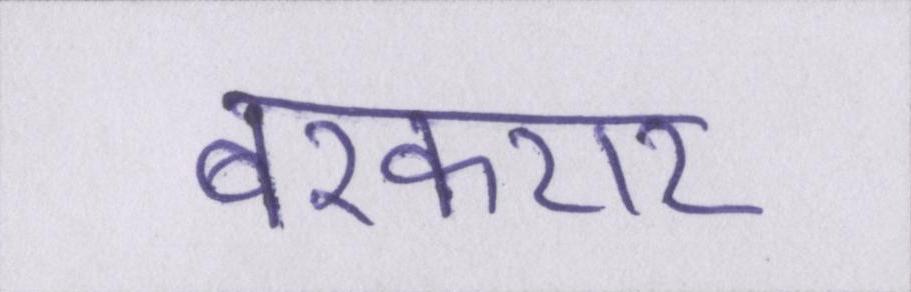
बरकरार